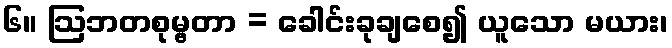
၆။ ဩဘတစုမ္ဗတာ = ခေါင်းခုချစေ၍ ယူသော မယား၊